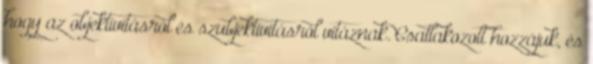
hogy az objektivitásról és szubjektivitásról vitáznak. Csatlakozott hozzájuk, és